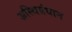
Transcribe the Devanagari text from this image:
अस्थिसंधान